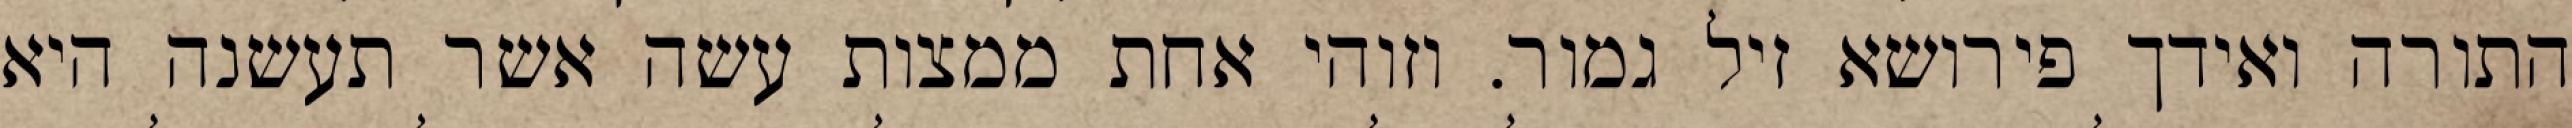
התורה ואידך פירושא זיל גמור. וזוהי אחת ממצות עשה אשר תעשנה היא